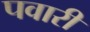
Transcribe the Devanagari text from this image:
पवारी